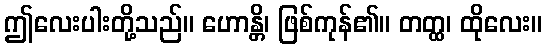
ဤလေးပါးတို့သည်။ ဟောန္တိ၊ ဖြစ်ကုန်၏။ တတ္ထ၊ ထိုလေး။